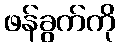
ဖန်ခွက်ကို